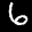
Label: 6